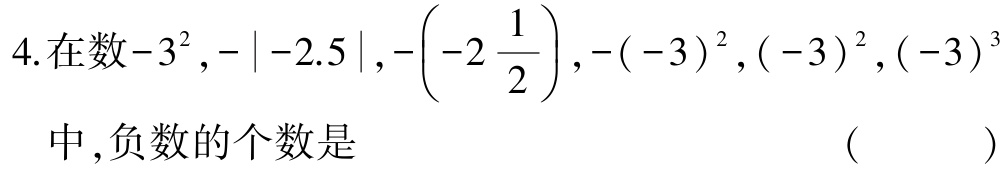
4.在数\(-3^{2},-|-2.5|,-\left(-2\frac{1}{2}\right),-(-3)^{2},(-3)^{2},(-3)^{3}\)中,负数的个数是 （  ）